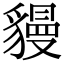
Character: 䝢